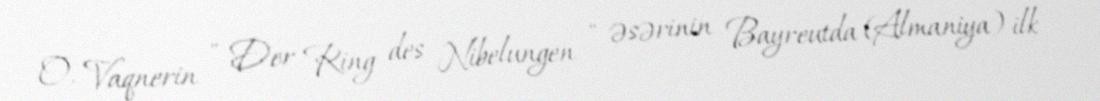
O, Vaqnerin " Der Ring des Nibelungen " əsərinin Bayreutda (Almaniya) ilk